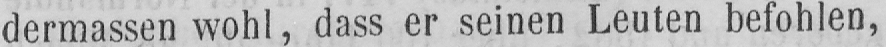
dermassen wohl, dass er seinen Leuten befohlen,